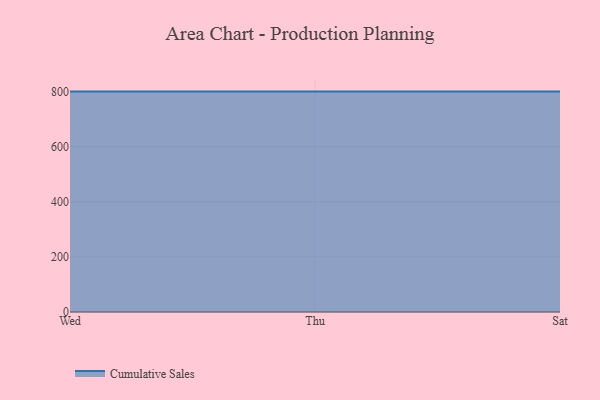
{"axis": {"x": "Day", "y": "Backlog"}, "legend": ["Cumulative Sales"], "data": [{"x": "Wed", "y": 800, "type": "Cumulative Sales"}, {"x": "Thu", "y": 800, "type": "Cumulative Sales"}, {"x": "Sat", "y": 800, "type": "Cumulative Sales"}]}